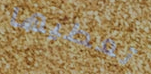
تعطيها